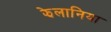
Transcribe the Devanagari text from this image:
झेलानिया